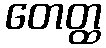
တေတ္ထ